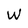
Character: W